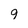
Character: 9